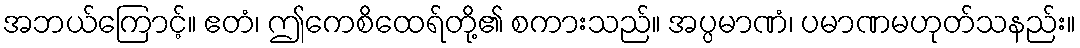
အဘယ်ကြောင့်။ ဧတံ၊ ဤကေစိထေရ်တို့၏ စကားသည်။ အပ္ပမာဏံ၊ ပမာဏမဟုတ်သနည်း။